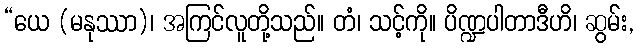
“ယေ (မနုဿာ)၊ အကြင်လူတို့သည်။ တံ၊ သင့်ကို။ ပိဏ္ဍပါတာဒီဟိ၊ ဆွမ်း,